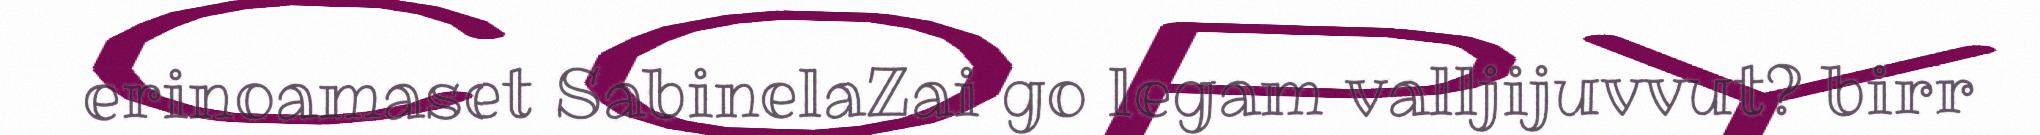
erinoamaset SabinelaZai go legam valljijuvvut? birr